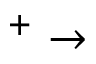
^ + \rightarrow